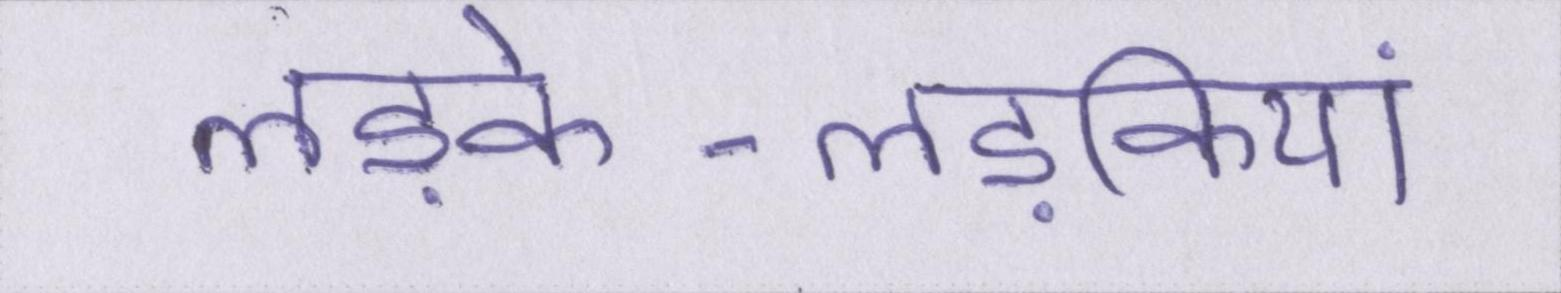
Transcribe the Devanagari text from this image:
लड़के-लड़कियां